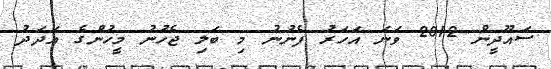
ސައޫދީން 2012 ވަނަ އަހަރު ފެނުނު މި ބަލި ޖެހުނު މީހުންގެ އަދަދު